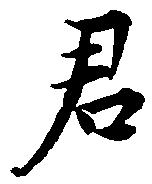
君